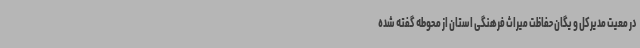
در معیت مدیرکل و یگان حفاظت میراث فرهنگی استان از محوطه گفته ‌شده